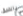
بالضيق